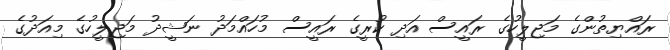
ރައްޔިތުންގެ މަޖިލީހުގެ ރައީސް އަދި ކުރީގެ ރައީސް މުހައްމަދު ނަޝީދު މަޖިލީހުގެ މިއަދުގެ